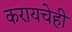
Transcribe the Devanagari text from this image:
करायचेही